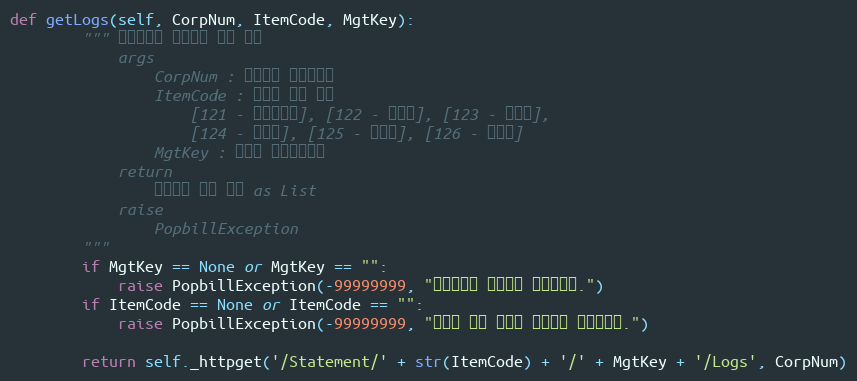
Language: Python
def getLogs(self, CorpNum, ItemCode, MgtKey):
        """ 전자명세서 문서이력 목록 확인
            args
                CorpNum : 팝빌회원 사업자번호
                ItemCode : 명세서 종류 코드
                    [121 - 거래명세서], [122 - 청구서], [123 - 견적서],
                    [124 - 발주서], [125 - 입금표], [126 - 영수증]
                MgtKey : 파트너 문서관리번호
            return
                문서이력 정보 목록 as List
            raise
                PopbillException
        """
        if MgtKey == None or MgtKey == "":
            raise PopbillException(-99999999, "관리번호가 입력되지 않았습니다.")
        if ItemCode == None or ItemCode == "":
            raise PopbillException(-99999999, "명세서 종류 코드가 입력되지 않았습니다.")

        return self._httpget('/Statement/' + str(ItemCode) + '/' + MgtKey + '/Logs', CorpNum)